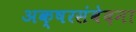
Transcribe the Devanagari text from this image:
अक्षरसंवेदना